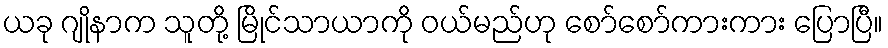
ယခု ဂျိုနာက သူတို့ မြိုင်သာယာကို ဝယ်မည်ဟု စော်စော်ကားကား ပြောပြီ။